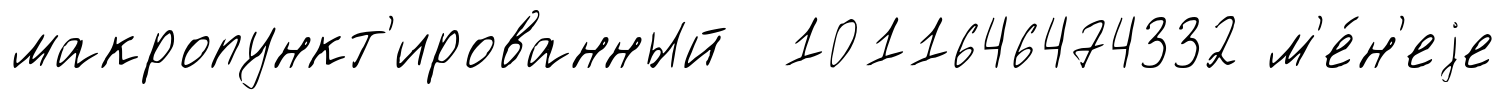
макропункт'ированный 1011646474332 м'е́н'еjе